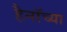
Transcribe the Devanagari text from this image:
हैनॉच्या